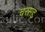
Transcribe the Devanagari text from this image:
चरसद्द